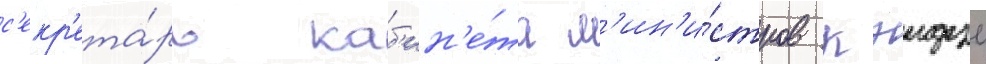
с'екр'ета́рь каб'ин'е́та м'ин'и́стров кэидзо